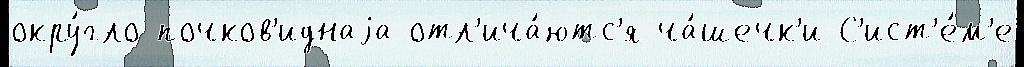
окру́гло-почков'иднаjа отл'ича́ютс'я ча́шечк'и С'ист'е́м'е